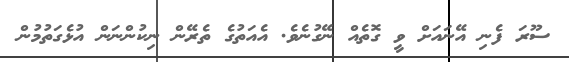
ސޫރަ ފެނި އޭނައަށް ވީ ގޮތެއް ނޭގުނެވެ. އެއަތުގެ ތެރޭން ނިކުންނަން އުޅެގަތުމުން